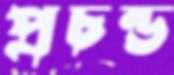
প্রচন্ড